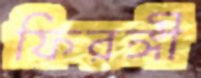
ফিরঙ্গী